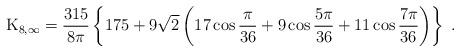
\begin{align*} {\rm K}_{8, \infty}={315 \over 8\pi}\left \{ 175+9\sqrt{2} \left ( 17\cos{\pi \over 36}+9\cos{5\pi \over 36}+11\cos{7\pi \over 36} \right ) \right \}\;.\end{align*}